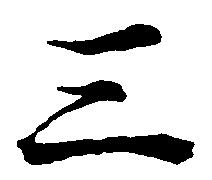
三